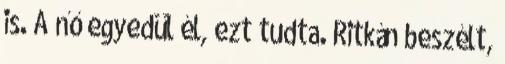
is. A nő egyedül él, ezt tudta. Ritkán beszélt,